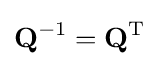
\mathbf {Q} ^{-1}=\mathbf {Q} ^{\mathrm {T} }